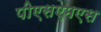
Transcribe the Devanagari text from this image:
पीएसएमएस